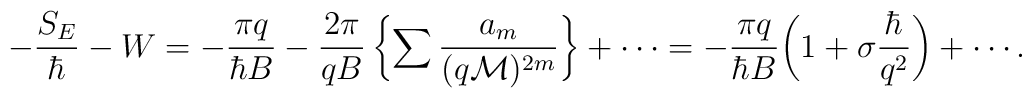
-\frac{S_{E}}{\hbar}-W= -\frac{\pi q}{\hbar B}-\frac{2\pi}{qB}\, \biggl\{ \sum\frac{a_m}{(q{\cal M})^{2m}}\biggr\}+\cdots =-\frac{\pi q}{\hbar B}\biggl(1+\sigma \frac{\hbar}{ q^2} \biggr)+\cdots.